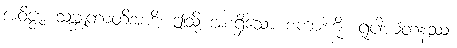
အဝိဇ္ဇာ သမ္ဘူတာတိအာဒိ၊ ဤသို့ အစရှိသော စကားကို။ ရူပါယတနဿ၊